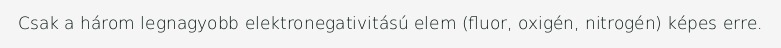
Csak a három legnagyobb elektronegativitású elem (fluor, oxigén, nitrogén) képes erre.